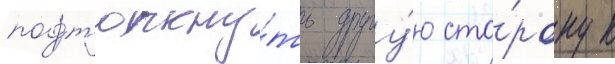
подтолкну́ть другу́ю сто́рону к